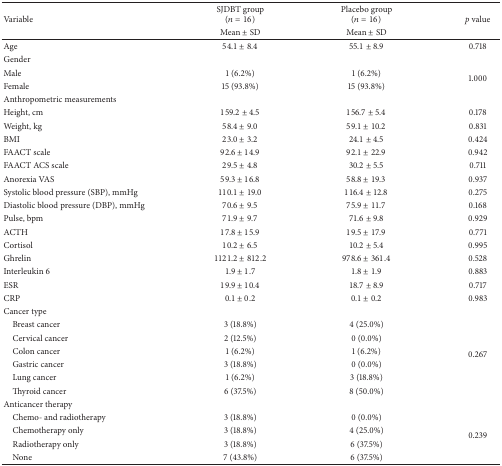
<table><thead><tr><td rowspan="2"><b>Variable</b></td><td><b>SJDBT group(<i>n</i> = 16)</b></td><td><b>Placebo group(<i>n</i> = 16)</b></td><td rowspan="2"><b><i>p</i> value</b></td></tr><tr><td><b>Mean ± SD</b></td><td><b>Mean ± SD</b></td></tr></thead><tbody><tr><td>Age</td><td>54.1 ± 8.4</td><td>55.1 ± 8.9</td><td>0.718</td></tr><tr><td>Gender</td><td> </td><td> </td><td> </td></tr><tr><td>Male</td><td>1 (6.2%)</td><td>1 (6.2%)</td><td rowspan="2">1.000</td></tr><tr><td>Female</td><td>15 (93.8%)</td><td>15 (93.8%)</td></tr><tr><td>Anthropometric measurements</td><td> </td><td> </td><td> </td></tr><tr><td>Height, cm</td><td>159.2 ± 4.5</td><td>156.7 ± 5.4</td><td>0.178</td></tr><tr><td>Weight, kg</td><td>58.4 ± 9.0</td><td>59.1 ± 10.2</td><td>0.831</td></tr><tr><td>BMI</td><td>23.0 ± 3.2</td><td>24.1 ± 4.5</td><td>0.424</td></tr><tr><td>FAACT scale</td><td>92.6 ± 14.9</td><td>92.1 ± 22.9</td><td>0.942</td></tr><tr><td>FAACT ACS scale</td><td>29.5 ± 4.8</td><td>30.2 ± 5.5</td><td>0.711</td></tr><tr><td>Anorexia VAS</td><td>59.3 ± 16.8</td><td>58.8 ± 19.3</td><td>0.937</td></tr><tr><td>Systolic blood pressure (SBP), mmHg</td><td>110.1 ± 19.0</td><td>116.4 ± 12.8</td><td>0.275</td></tr><tr><td>Diastolic blood pressure (DBP), mmHg</td><td>70.6 ± 9.5</td><td>75.9 ± 11.7</td><td>0.168</td></tr><tr><td>Pulse, bpm</td><td>71.9 ± 9.7</td><td>71.6 ± 9.8</td><td>0.929</td></tr><tr><td>ACTH</td><td>17.8 ± 15.9</td><td>19.5 ± 17.9</td><td>0.771</td></tr><tr><td>Cortisol</td><td>10.2 ± 6.5</td><td>10.2 ± 5.4</td><td>0.995</td></tr><tr><td>Ghrelin</td><td>1121.2 ± 812.2</td><td>978.6 ± 361.4</td><td>0.528</td></tr><tr><td>Interleukin 6</td><td>1.9 ± 1.7</td><td>1.8 ± 1.9</td><td>0.883</td></tr><tr><td>ESR</td><td>19.9 ± 10.4</td><td>18.7 ± 8.9</td><td>0.717</td></tr><tr><td>CRP</td><td>0.1 ± 0.2</td><td>0.1 ± 0.2</td><td>0.983</td></tr><tr><td>Cancer type</td><td> </td><td> </td><td> </td></tr><tr><td> Breast cancer</td><td>3 (18.8%)</td><td>4 (25.0%)</td><td rowspan="6">0.267</td></tr><tr><td> Cervical cancer</td><td>2 (12.5%)</td><td>0 (0.0%)</td></tr><tr><td> Colon cancer</td><td>1 (6.2%)</td><td>1 (6.2%)</td></tr><tr><td> Gastric cancer</td><td>3 (18.8%)</td><td>0 (0.0%)</td></tr><tr><td> Lung cancer</td><td>1 (6.2%)</td><td>3 (18.8%)</td></tr><tr><td> Thyroid cancer</td><td>6 (37.5%)</td><td>8 (50.0%)</td></tr><tr><td>Anticancer therapy</td><td> </td><td> </td><td> </td></tr><tr><td> Chemo- and radiotherapy</td><td>3 (18.8%)</td><td>0 (0.0%)</td><td rowspan="4">0.239</td></tr><tr><td> Chemotherapy only</td><td>3 (18.8%)</td><td>4 (25.0%)</td></tr><tr><td> Radiotherapy only</td><td>3 (18.8%)</td><td>6 (37.5%)</td></tr><tr><td> None</td><td>7 (43.8%)</td><td>6 (37.5%)</td></tr></tbody></table>